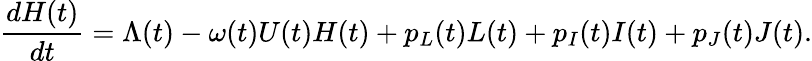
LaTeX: \frac{dH(t)}{dt}=\Lambda(t)-\omega(t)U(t)H(t)+p_{L}(t)L(t)+p_{I}(t)I(t)+p_{J}(t)J(t).